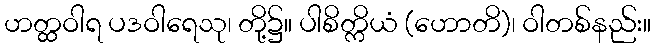
ဟတ္ထဝါရ ပဒဝါရေသု၊ တို့၌။ ပါစိတ္ကိယံ (ဟောတိ)၊ ဝါတစ်နည်း။